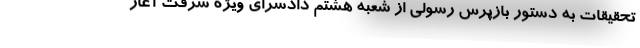
تحقیقات به دستور بازپرس رسولی از شعبه هشتم دادسرای ویژه سرقت آغاز